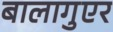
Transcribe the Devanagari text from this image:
बालागुएर